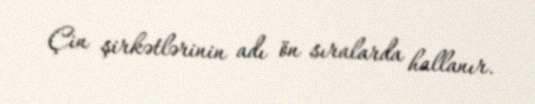
Çin şirkətlərinin adı ön sıralarda hallanır.